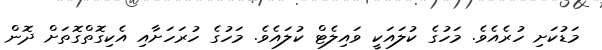
މަޑުކަށި ހުރެއެވެ. މަހުގެ ކުލައަކީ ވައިލެޓް ކުލައެވެ. މަހުގެ ހުރަހަށާއި އެކިގޮތްގޮތަށް ދޮން